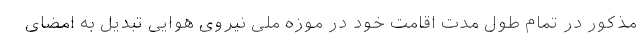
مذکور در تمام طول مدت اقامت خود در موزه ملی نیروی هوایی تبدیل به امضای